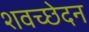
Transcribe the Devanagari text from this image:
शवच्छेदन